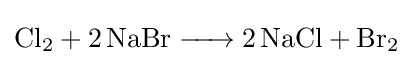
{\ce {Cl2 + 2NaBr -> 2NaCl + Br2}}